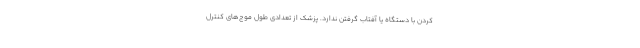
کردن با دستگاه یا آفتاب گرفتن ندارد. پزشک از تعدادی طول موج‌های کنترل